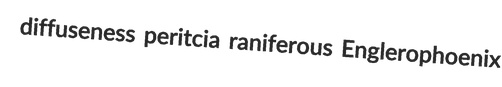
diffuseness peritcia raniferous Englerophoenix